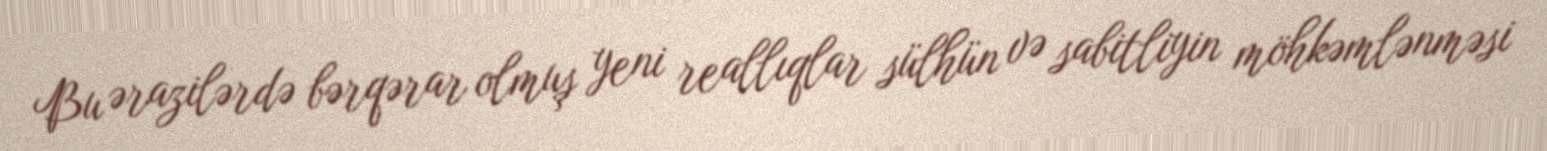
Bu ərazilərdə bərqərar olmuş yeni reallıqlar sülhün və sabitliyin möhkəmlənməsi